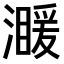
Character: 𤀣